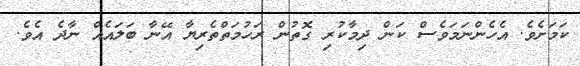
ކަމަށެވެ. އެހެންނަމަވެސް ކަން ދިމާކުރި ގޮތުން ރަހުމަތްތެރިޔާ އޭނާ ބަލައެެއް ނާދެ އެވެ.